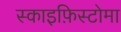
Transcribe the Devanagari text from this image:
स्काइफ़िस्टोमा